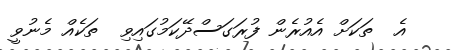
އެ  ތަކަށް އެއުރެން ފުރަގަސްދޭކަމުގައިވި  ތަކެއް މެނުވީ